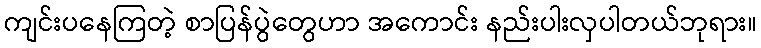
ကျင်းပနေကြတဲ့ စာပြန်ပွဲတွေဟာ အကောင်း နည်းပါးလှပါတယ်ဘုရား။